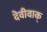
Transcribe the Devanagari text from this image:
देवीवाक्‌